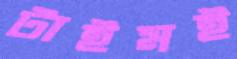
টাইমই